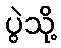
ပွဲသို့